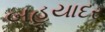
બહયાદર